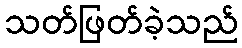
သတ်ဖြတ်ခဲ့သည်